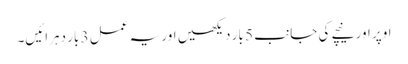
اوپر اور نیچے کی جانب 5 بار دیکھیں اور یہ عمل 3 بار دہرائیں۔